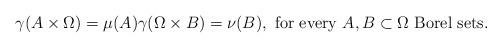
LaTeX: \begin{align*}\gamma(A\times\Omega)=\mu(A)\gamma(\Omega\times B)=\nu(B),\mbox{ for every } A,B\subset\Omega \mbox{ Borel sets}.\end{align*}